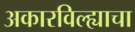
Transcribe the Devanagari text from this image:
अकारविल्ह्याचा